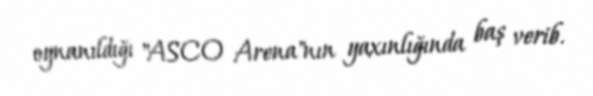
oynanıldığı "ASCO Arena"nın yaxınlığında baş verib.